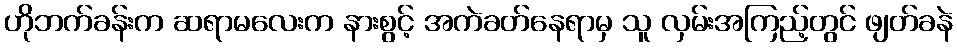
ဟိုဘက်ခန်းက ဆရာမလေးက နားစွင့် အကဲခတ်နေရာမှ သူ လှမ်းအကြည့်တွင် ဖျတ်ခနဲ